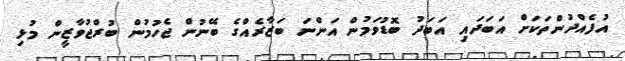
އުފެއްދުންތަކަށް އަބަދައި އަބަދު ބޮޑުވަމުން އަންނަ ބަޒާރެއްގެ ބޭނުން ޖެހުމުން ބުރްޖުވާޒީން މުޅި